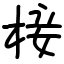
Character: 椄